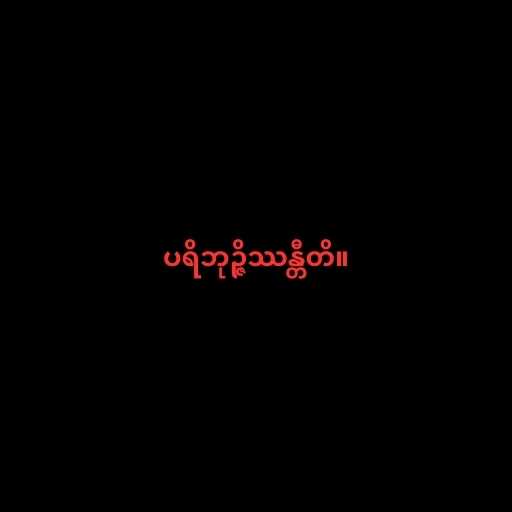
ပရိဘုဉ္ဇိဿန္တီတိ။